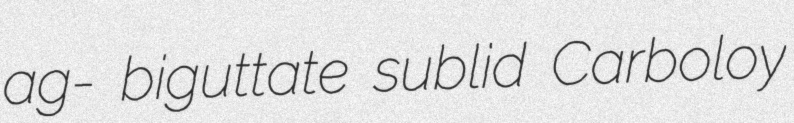
ag- biguttate sublid Carboloy